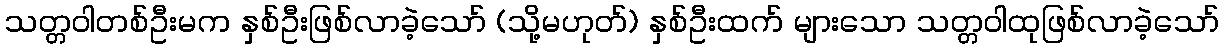
သတ္တဝါတစ်ဦးမက နှစ်ဦးဖြစ်လာခဲ့သော် (သို့မဟုတ်) နှစ်ဦးထက် များသော သတ္တဝါထုဖြစ်လာခဲ့သော်